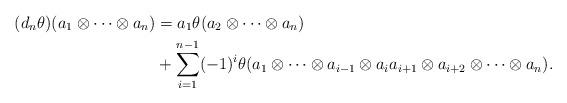
LaTeX: \begin{align*}(d_n\theta)(a_1\otimes\cdots\otimes a_n) &=a_1\theta(a_2\otimes\cdots\otimes a_n)\\&+ \sum_{i=1}^{n-1} (-1)^i \theta(a_1\otimes \cdots \otimes a_{i-1}\otimes a_ia_{i+1}\otimes a_{i+2}\otimes\cdots\otimes a_n).\end{align*}